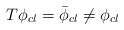
\begin{align*}T\phi _{cl}=\bar{\phi }_{cl}\neq \phi _{cl}\end{align*}